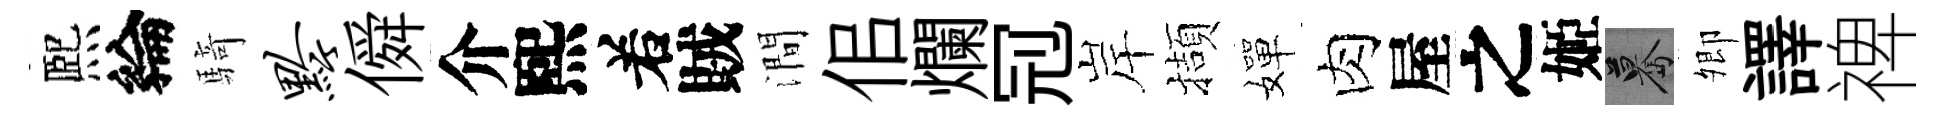
熈綸騎黔僢介熙𠰥賊澗佀爛𠜍岸擷嬋肉屋之姬驀𡖖譯禆